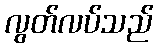
လွတ်လပ်သည်